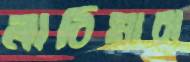
লাঠিমারা